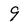
Character: 9